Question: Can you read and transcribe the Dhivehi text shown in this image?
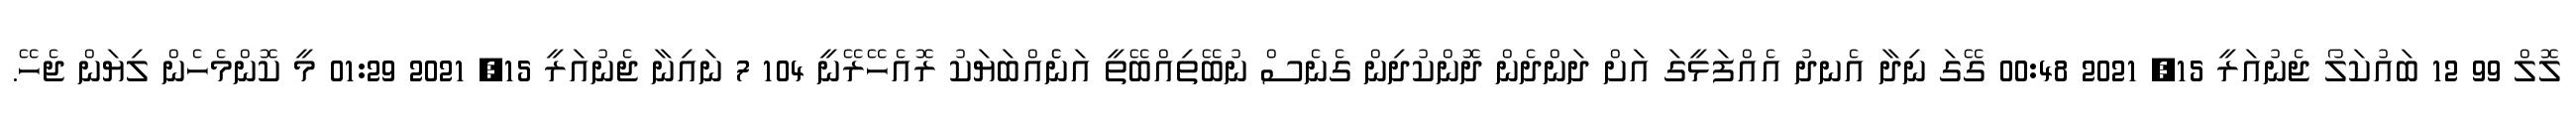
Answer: ލޮލް 99 12 ބައުކަލޯ ޖެނުއަރީ 15, 2021 00:48 ގޭގަ ނިދާ އެނދު އެއްފަޅީގަ އަށް ދަންދެން ދޮންކުދިން ގެނެސް ނުބޭތިއްބޭތީ އަނެެއްބަޔަކު ރޮއެހޭރޭނީ 104 7 ނައިނާ ޖެނުއަރީ 15, 2021 01:29 މީ ކޮންމެހެން ލިޔަން ޖެހޭ.